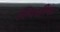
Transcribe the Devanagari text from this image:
स्पिशीज़